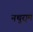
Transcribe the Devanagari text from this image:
नथुरा्म